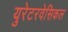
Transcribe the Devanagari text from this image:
युरेटरवेसिकल